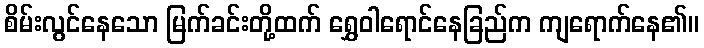
စိမ်းလွင်နေသော မြက်ခင်းတို့ထက် ရွှေဝါရောင်နေခြည်က ကျရောက်နေ၏။